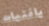
يافتيات